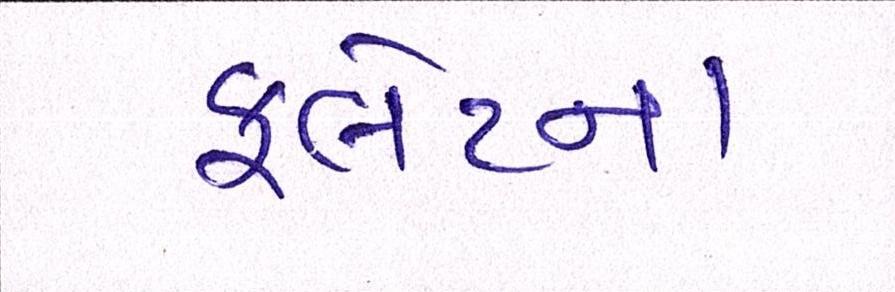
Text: ફ્લેટના